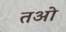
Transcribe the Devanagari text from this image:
तओ